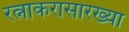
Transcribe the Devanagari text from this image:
रत्नाकरासारख्या